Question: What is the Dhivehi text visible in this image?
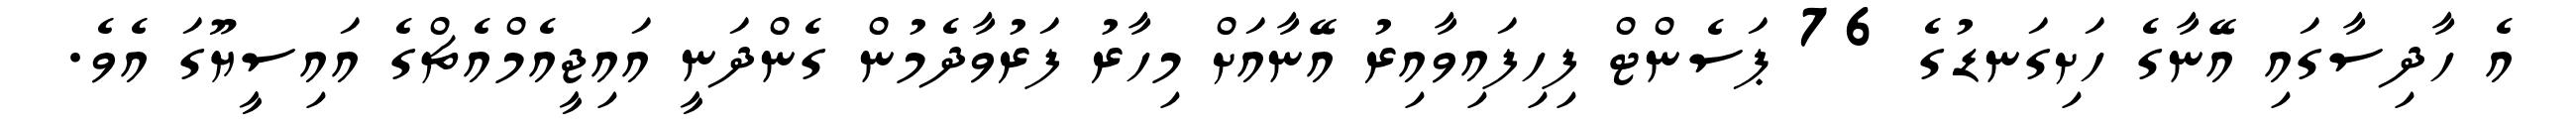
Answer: އެ ހާދިސާގައި އޭނާގެ ހަށިގަނޑުގެ 76 ޕަސެންޓް ފިހިފައިވާއިރު އޭނާއަށް މިހާރު ފަރުވާދެމުން ގެންދަނީ އައިޖީއެމްއެޗްގެ އައިސީޔޫގަ އެވެ.